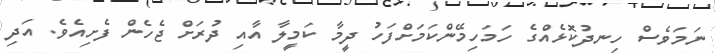
ނަމަވެސް ހިނދުކޮޅެއްގެ ހަމަހިމޭންކަމަށްފަހު ދީމާ ކަމީލާ އާއި ދުރަށް ޖެހެން ފެށިއެވެ. އަދި